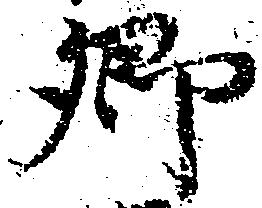
郷